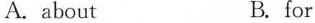
A. about B. for